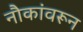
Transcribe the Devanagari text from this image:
नौकांवरून